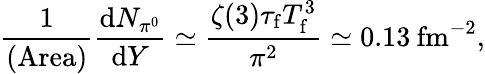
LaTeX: \frac{1}{\mathrm{(Area)}}\frac{\mathrm{d}N_{\pi^{0}}}{\mathrm{d}Y}\simeq\frac{\zeta(3)\tau_{\mathrm{f}}T_{\mathrm{f}}^{3}}{\pi^{2}}\simeq 0.13\: \mathrm{fm}^{-2},